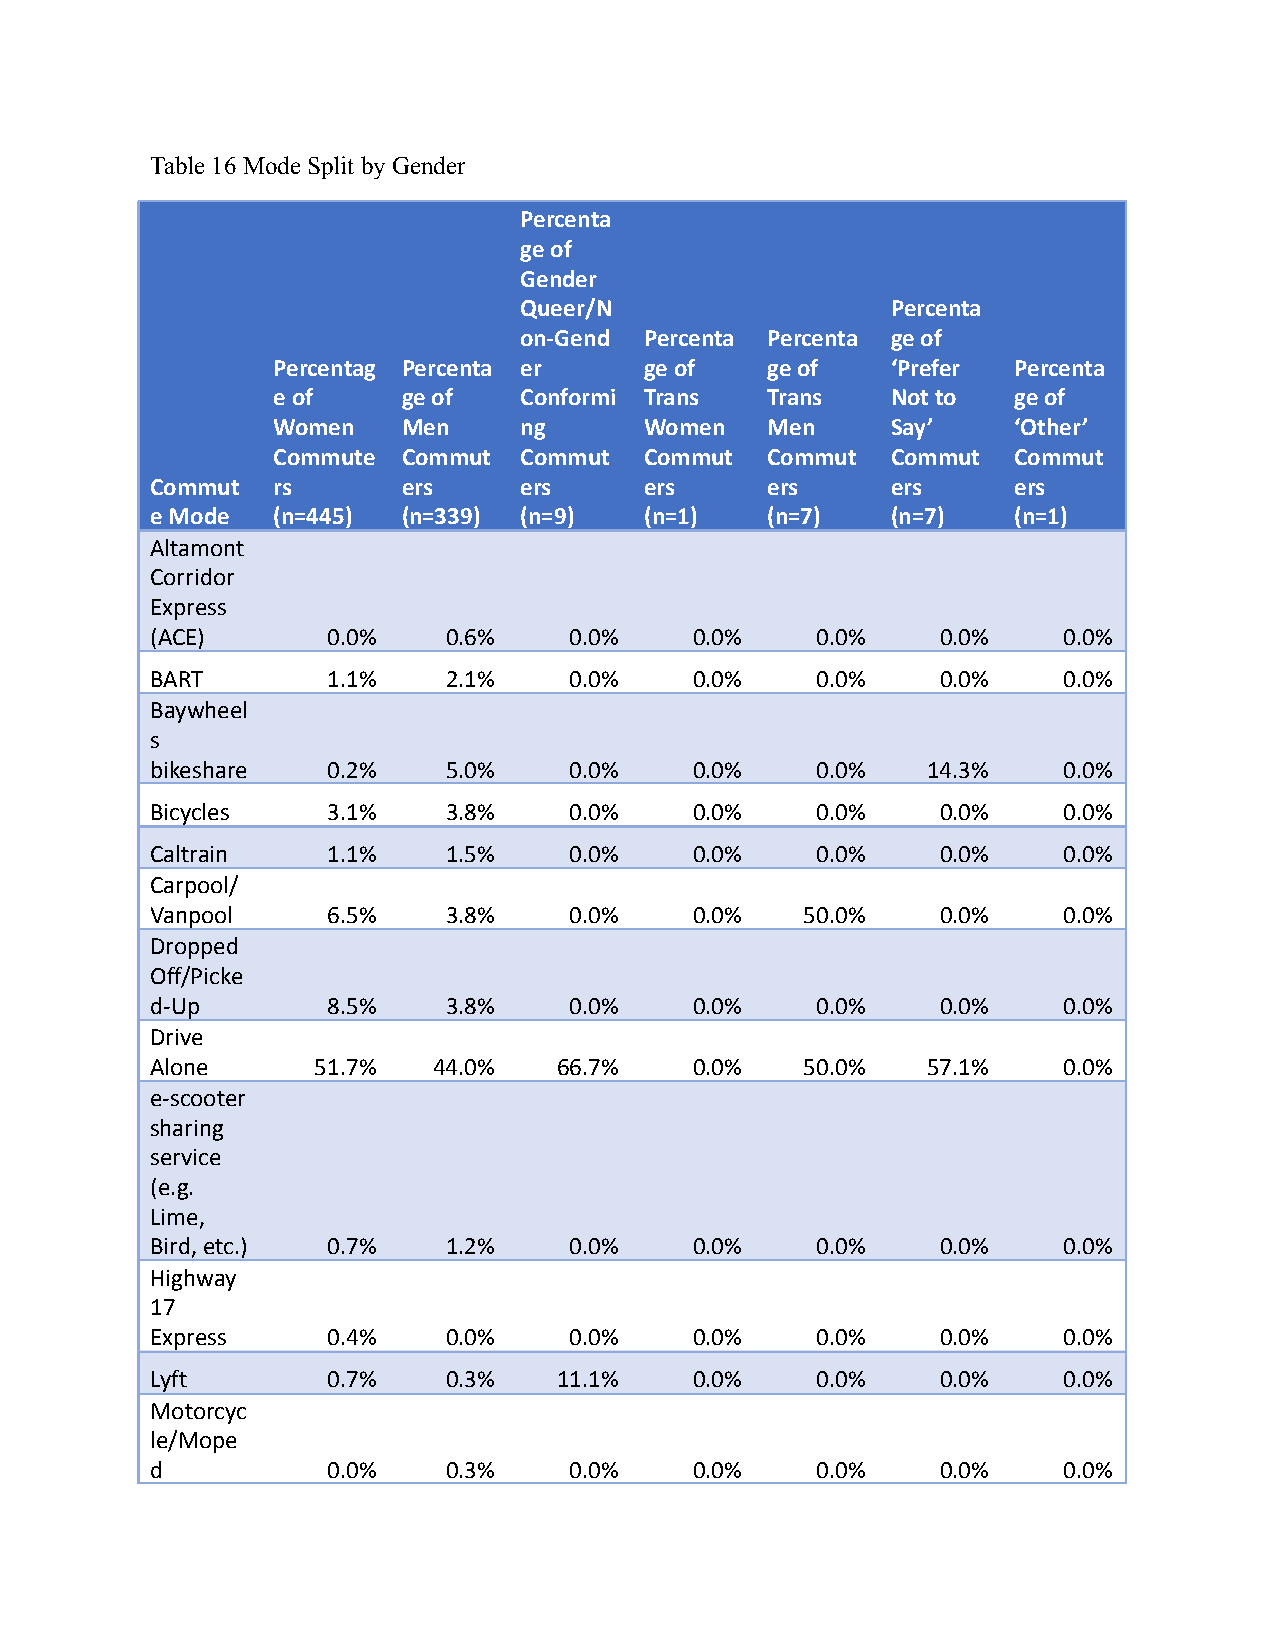
Table 16 Mode Split by Gender
 Percenta
 ge of
 Gender
 Queer/N                  Percenta
 on-Gend  Percenta Percenta ge of
 Percentag Percenta er    ge of   ge of   ‘Prefer Percenta
 e of     ge of  Conformi Trans   Trans   Not to  ge of
 Women    Men    ng       Women   Men     Say’    ‘Other’
 Commute  Commut Commut   Commut  Commut  Commut  Commut
 Commut  rs       ers    ers      ers     ers     ers     ers
 e Mode  (n=445)  (n=339) (n=9)   (n=1)   (n=7)   (n=7)   (n=1)
 Altamont
 Corridor
 Express
 (ACE)       0.0%    0.6%    0.0%    0.0%    0.0%    0.0%    0.0%
 BART        1.1%    2.1%    0.0%    0.0%    0.0%    0.0%    0.0%
 Baywheel
 s
 bikeshare   0.2%    5.0%    0.0%    0.0%    0.0%   14.3%    0.0%
 Bicycles    3.1%    3.8%    0.0%    0.0%    0.0%    0.0%    0.0%
 Caltrain    1.1%    1.5%    0.0%    0.0%    0.0%    0.0%    0.0%
 Carpool/
 Vanpool     6.5%    3.8%    0.0%    0.0%   50.0%    0.0%    0.0%
 Dropped
 Off/Picke
 d-Up        8.5%    3.8%    0.0%    0.0%    0.0%    0.0%    0.0%
 Drive
 Alone      51.7%   44.0%   66.7%    0.0%   50.0%   57.1%    0.0%
 e-scooter
 sharing
 service
 (e.g.
 Lime,
 Bird, etc.) 0.7%    1.2%    0.0%    0.0%    0.0%    0.0%    0.0%
 Highway
 17
 Express     0.4%    0.0%    0.0%    0.0%    0.0%    0.0%    0.0%
 Lyft        0.7%    0.3%   11.1%    0.0%    0.0%    0.0%    0.0%
 Motorcyc
 le/Mope
 d           0.0%    0.3%    0.0%    0.0%    0.0%    0.0%    0.0%